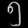
Digit: ၅